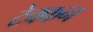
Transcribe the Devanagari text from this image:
टेक्कन